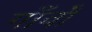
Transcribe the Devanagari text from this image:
गाँवोँ